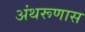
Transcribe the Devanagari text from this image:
अंथरूणास